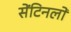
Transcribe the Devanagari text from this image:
सेंटिनलों